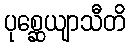
ပုစ္ဆေယျာသီတိ